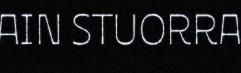
AIN STUORRA